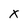
Character: x